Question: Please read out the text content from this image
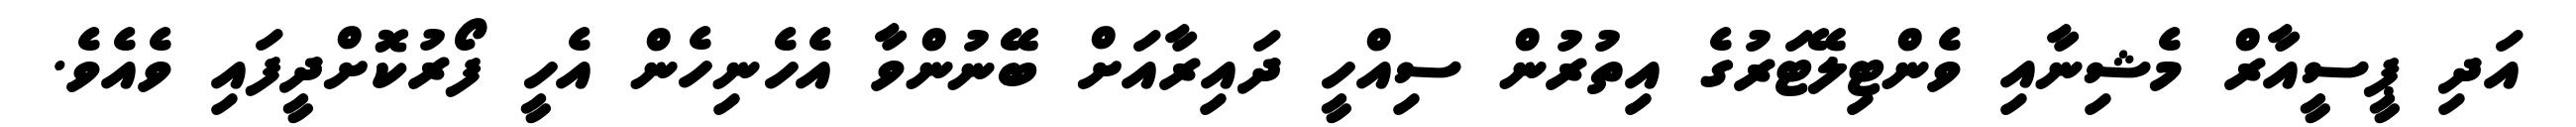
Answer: އަދި ޕީސީއާރް މެޝިނާއި ވެންޓިލޭޓަރުގެ އިތުރުން ސިއްހީ ދައިރާއަށް ބޭނުންވާ އެހެނިހެން އެހީ ފޯރުކޮށްދީފައި ވެއެވެ.